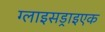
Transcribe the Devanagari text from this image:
ग्लाइसड्राइएक